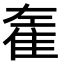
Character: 𨾭